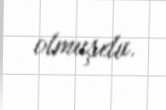
olmuşdu.